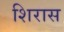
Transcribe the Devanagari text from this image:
शिरास